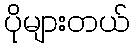
ပိုများတယ်